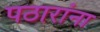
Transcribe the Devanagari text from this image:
पठारांना